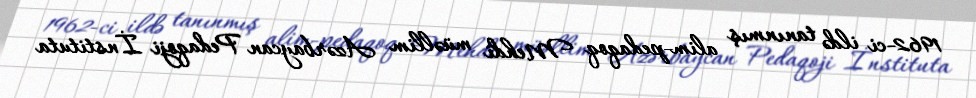
1962-ci ildə tanınmış alim-pedaqoq Mehdi müəllim Azərbaycan Pedaqoji İnstituta